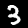
Digit: 3